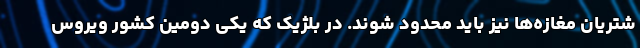
شتریان مغازه‌ها نیز باید محدود شوند. در بلژیک که یکی دومین کشور ویروس